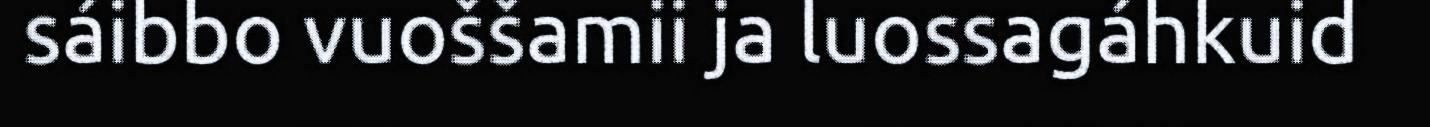
sáibbo vuoššamii ja luossagáhkuid